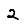
Digit: 2